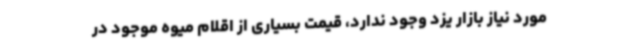
مورد نیاز بازار یزد وجود ندارد، قیمت بسیاری از اقلام میوه موجود در